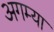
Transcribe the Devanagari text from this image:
अगम्या